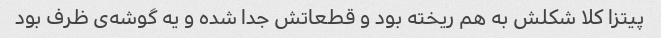
پیتزا کلا شکلش به هم ریخته بود و قطعاتش جدا شده و یه گوشه‌ی ظرف بود